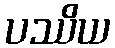
ပဿိယ